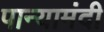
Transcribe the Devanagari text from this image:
पान्यामंदी